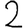
Digit: 2